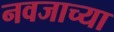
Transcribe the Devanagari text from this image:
नवजाच्या